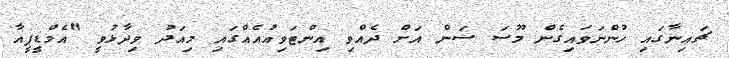
ޗައިނާގައި ހުންނަވައިގެން މޫސަ ސަން އަށް ދެއްވި އިންޓަވިއުއެއްގައި މިއަދު ވިދާޅުވީ "އެމްޑީޕީއާ